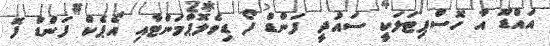
އައްޑޫ އާ ހޮސްޕިޓަލަކީ ސައުދީ ފަންޑް ފޯ ޑިވެލޮޕްމަންޓާއި އޯޕެކް ފަންޑް ފޮ